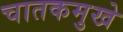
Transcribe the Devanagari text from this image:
चातकमुखे